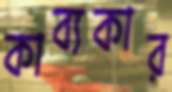
কাব্যকার